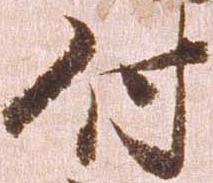
付